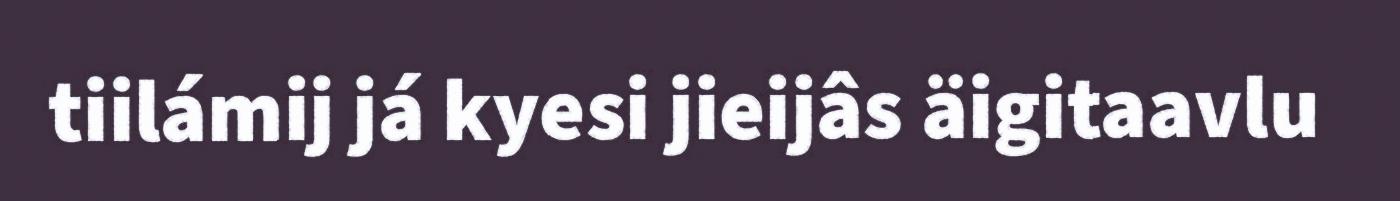
tiilámij já kyesi jieijâs äigitaavlu